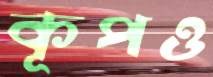
কূপও